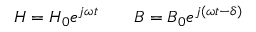
H = H _ { 0 } e ^ { j \omega t } \qquad B = B _ { 0 } e ^ { j \left( \omega t - \delta \right) }